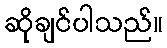
ဆိုချင်ပါသည်။